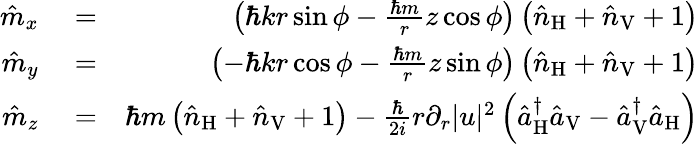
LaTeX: \begin{array}{rlr}{\hat{m}_{x}}&{{}=}&{\left(\hbar kr\sin\phi-\frac{\hbar m}{r}z\cos\phi\right)\left(\hat{n}_{\mathrm{H}}+\hat{n}_{\mathrm{V}}+1\right)}\\ {\hat{m}_{y}}&{{}=}&{\left(-\hbar kr\cos\phi-\frac{\hbar m}{r}z\sin\phi\right)\left(\hat{n}_{\mathrm{H}}+\hat{n}_{\mathrm{V}}+1\right)}\\ {\hat{m}_{z}}&{{}=}&{\hbar m\left(\hat{n}_{\mathrm{H}}+\hat{n}_{\mathrm{V}}+1\right)-\frac{\hbar}{2i}r\partial_{r}|u|^{2}\left(\hat{a}_{\mathrm{H}}^{\dagger}\hat{a}_{\mathrm{V}}-\hat{a}_{\mathrm{V}}^{\dagger}\hat{a}_{\mathrm{H}}\right)}\end{array}